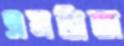
এমব্রিজ